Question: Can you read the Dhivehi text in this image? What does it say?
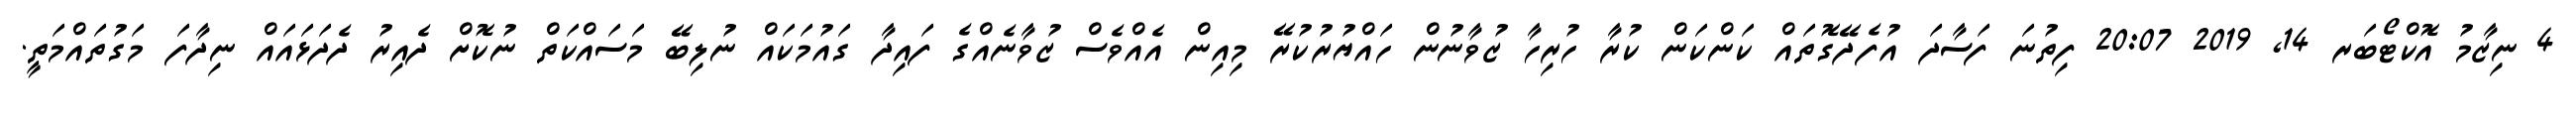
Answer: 4 ނިޒާމު އޮކްޓޯބަރ 14, 2019 20:07 ފިތުނަ ފަސާދަ އުފެދޭގޮތައް ކަންކަން ކުރާ ހުރިހާ ޒުވާނުން ހައްޔުރުކުރޭ މިއިން އެއްވެސް ޒުވާނެއްގެ ފައިދާ ގައުމަކައް ނުލިބޭ މަސައްކަތް ނުކޮށް ދެއިރު ދެދަޅައައް ނިދާފަ މަގުތައްމަތީ.